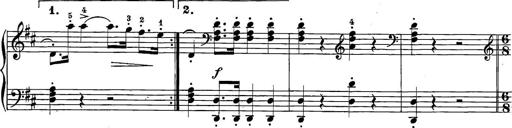
Title: 12 Sonatine per Pianoforte
Composer: Friedrich Kuhlau